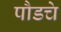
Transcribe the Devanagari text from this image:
पौडचे